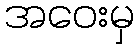
အဝေးမှ